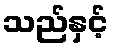
သည်နှင့်